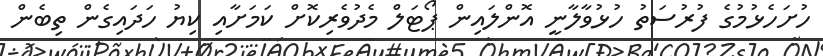
ހުށަހެޅުމުގެ ފުރުސަތު ހުޅުވާލާނީ އޮންލައިން ޕޯޓަލް މެދުވެރިކޮށް ކަމަށާއި ކިޔު ހަދައިގެން ތިބެން